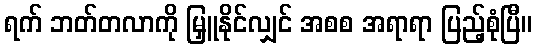
ရက် ဘတ်တလာကို မြှူနိုင်လျှင် အစစ အရာရာ ပြည့်စုံပြီ။